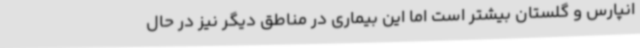
انپارس و گلستان بیشتر است اما این بیماری در مناطق دیگر نیز در حال